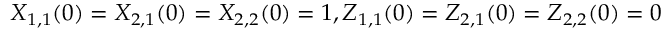
X _ { 1 , 1 } ( 0 ) = X _ { 2 , 1 } ( 0 ) = X _ { 2 , 2 } ( 0 ) = 1 , Z _ { 1 , 1 } ( 0 ) = Z _ { 2 , 1 } ( 0 ) = Z _ { 2 , 2 } ( 0 ) = 0